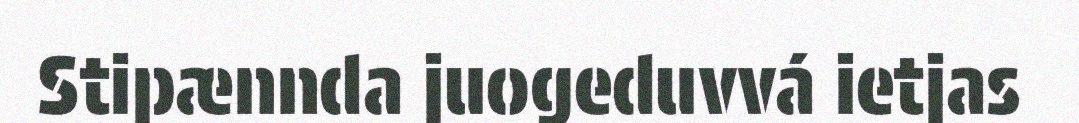
Stipænnda juogeduvvá ietjas